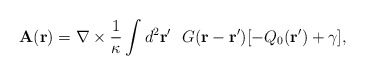
\begin{align*}{\bf{A}}({\bf r})={\bf \nabla}\times\frac{1}{\kappa}\int d^2{\bf{r'}}~~G({{\bf r}-\bf{r'}})[-Q_0({\bf{r'}})+\gamma],\end{align*}